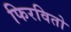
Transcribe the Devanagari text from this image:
फिरवितो